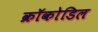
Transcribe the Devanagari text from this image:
क्रॉकोडिल